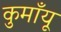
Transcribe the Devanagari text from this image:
कुमाँयू